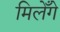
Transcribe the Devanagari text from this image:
मिलेँगे